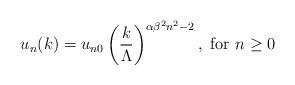
LaTeX: \begin{align*}u_n(k)= u_{n0} \left({k\over \Lambda}\right)^{\alpha\beta^2 n^2-2},{\mbox { for }} n\ge 0\end{align*}